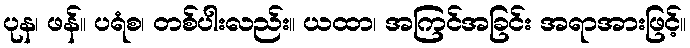
ပုန၊ ဖန်။ ပရံစ၊ တစ်ပါးလည်း။ ယထာ၊ အကြင်အခြင်း အရာအားဖြင့်။